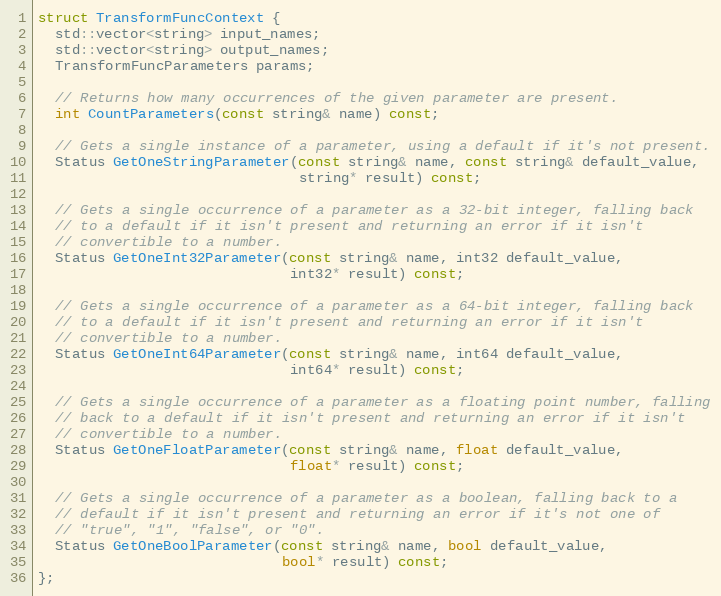
Language: C
struct TransformFuncContext {
  std::vector<string> input_names;
  std::vector<string> output_names;
  TransformFuncParameters params;

  // Returns how many occurrences of the given parameter are present.
  int CountParameters(const string& name) const;

  // Gets a single instance of a parameter, using a default if it's not present.
  Status GetOneStringParameter(const string& name, const string& default_value,
                               string* result) const;

  // Gets a single occurrence of a parameter as a 32-bit integer, falling back
  // to a default if it isn't present and returning an error if it isn't
  // convertible to a number.
  Status GetOneInt32Parameter(const string& name, int32 default_value,
                              int32* result) const;

  // Gets a single occurrence of a parameter as a 64-bit integer, falling back
  // to a default if it isn't present and returning an error if it isn't
  // convertible to a number.
  Status GetOneInt64Parameter(const string& name, int64 default_value,
                              int64* result) const;

  // Gets a single occurrence of a parameter as a floating point number, falling
  // back to a default if it isn't present and returning an error if it isn't
  // convertible to a number.
  Status GetOneFloatParameter(const string& name, float default_value,
                              float* result) const;

  // Gets a single occurrence of a parameter as a boolean, falling back to a
  // default if it isn't present and returning an error if it's not one of
  // "true", "1", "false", or "0".
  Status GetOneBoolParameter(const string& name, bool default_value,
                             bool* result) const;
};